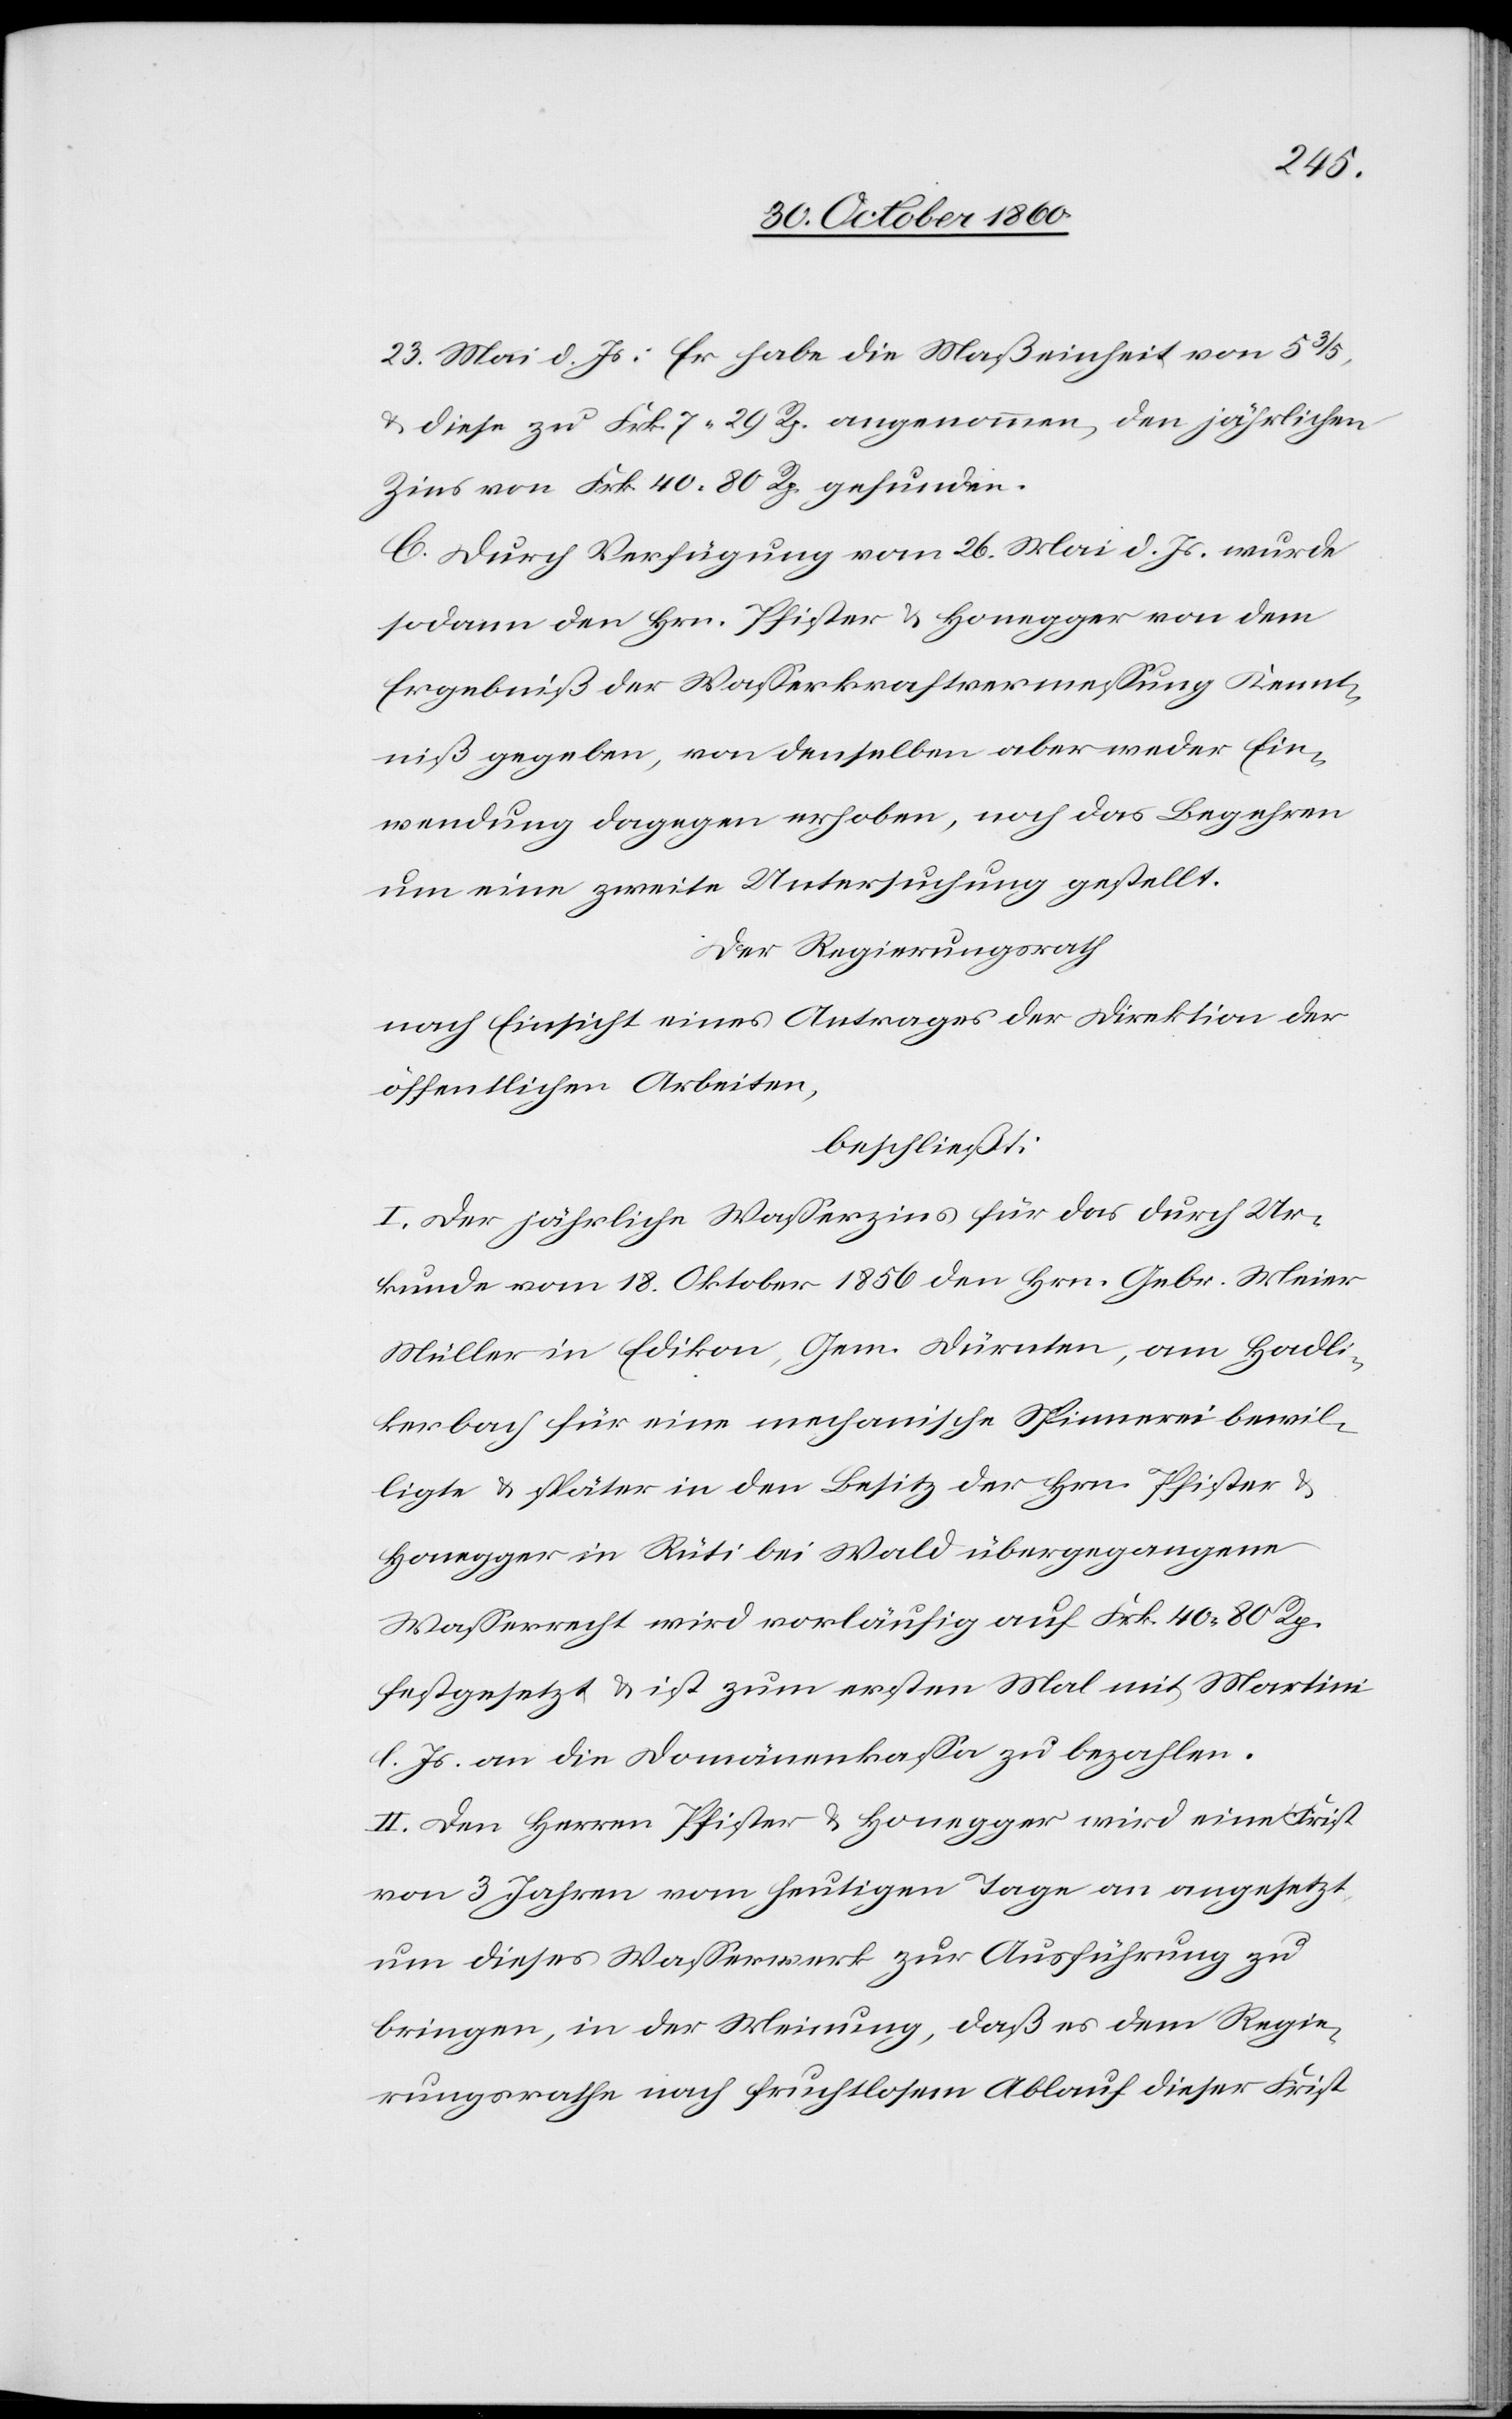
23. Mai d. Js.: Er habe die Maßeinheit von 5 3/5,
u. diese zu Frk. 7 29 Rp. angenommen, den jährlichen
Zins von Frk. 40 80 Rp. gefunden.
C. Durch Verfügung vom 26. Mai d. Js. wurde
sodann den Hrn. Pfister u. Honegger von dem
Ergebniß der Wasserkraftvermessung Kennt¬
niß gegeben, von denselben aber weder Ein¬
wendung dagegen erhoben, noch das Begehren
um eine zweite Untersuchung gestellt.
Der Regierungsrath
nach Einsicht eines Antrages der Direktion der
öffentlichen Arbeiten,
beschließt:
I. Der jährliche Wasserzins für das durch Ur¬
kunde vom 18. Oktober 1856 den Hrn. Gebr. Meier
Müller in Edikon, Gem. Dürnten, am Hadli¬
kerbach für eine mechanische Spinnerei bewil¬
ligte u. später in den Besitz der Hrn. Pfister u.
Honegger in Rüti bei Wald übergegangene
Wasserrecht wird vorläufig auf Frk. 40 80 Rp.
festgesetzt u. ist zum ersten Mal mit Martini
l. Js. an die Domänenkassa zu bezahlen.
II. Den Herren Pfister u. Honegger wird eine Frist
von 3 Jahren vom heutigen Tage an angesetzt,
um dieses Wasserwerk zur Ausführung zu
bringen, in der Meinung, daß es dem Regie¬
rungsrathe nach fruchtlosem Ablauf dieser Frist